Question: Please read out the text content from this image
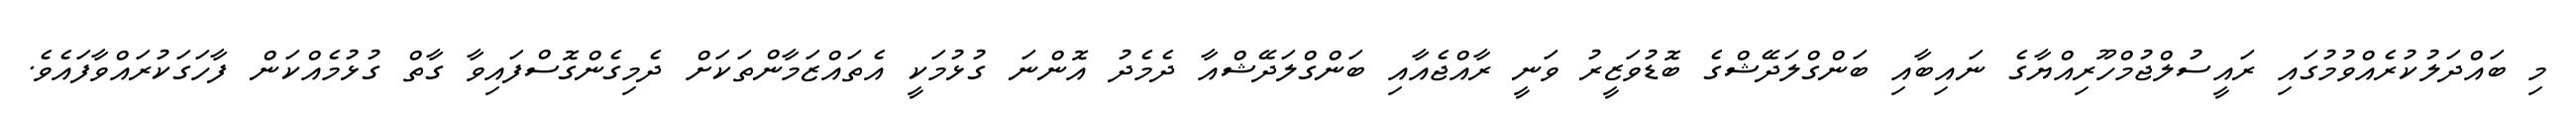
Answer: މި ބައްދަލުކުރެއްވުމުގައި ރައީސުލްޖުމްހޫރިއްޔާގެ ނައިބާއި ބަންގްލަދޭޝްގެ ބޮޑުވަޒީރު ވަނީ ރާއްޖެއާއި ބަންގްލަދޭޝްއާ ދެމެދު އޮންނަ ގުޅުމަކީ އެތައްޒަމާންތަކަށް ދެމިގެންގޮސްފައިވާ ގާތް ގުޅުމެއްކަން ފާހަގަކުރައްވާފައެވެ.